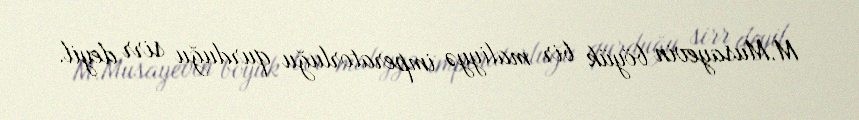
M.Musayevin böyük bir maliyyə imperatorluğu qurduğu sirr deyil.